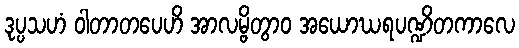
ဒုပ္ပသဟံ ဝါတာတပေဟိ အာလမ္ဗိတွာဝ အယောဃရပဏ္ဍိတကာလေ